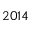
2 0 1 4